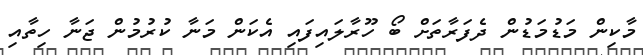
މާކިން މަޑުމަޑުން ދެފަރާތަށް ބޯ ހޫރާލައިފައި އެކަން މަނާ ކުރުމުން ޖަނާ ހިތާއި